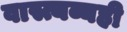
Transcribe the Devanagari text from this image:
वास्त्यव्यही